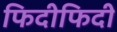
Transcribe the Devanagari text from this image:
फिदीफिदी